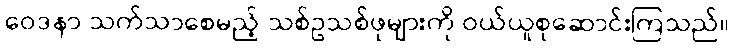
ဝေဒနာ သက်သာစေမည့် သစ်ဥသစ်ဖုများကို ဝယ်ယူစုဆောင်းကြသည်။